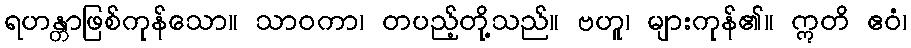
ရဟန္တာဖြစ်ကုန်သော။ သာဝကာ၊ တပည့်တို့သည်။ ဗဟူ၊ များကုန်၏။ ဣတိ ဧဝံ၊